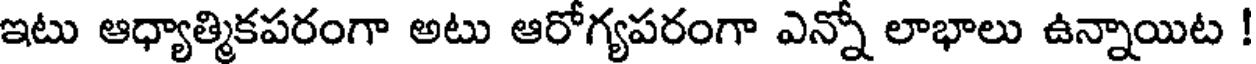
ఇటు ఆధ్యాత్మికపరంగా అటు ఆరోగ్యపరంగా ఎన్నో లాభాలు ఉన్నాయిట !